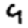
Digit: 9